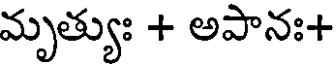
మృత్యుః + అపానః+